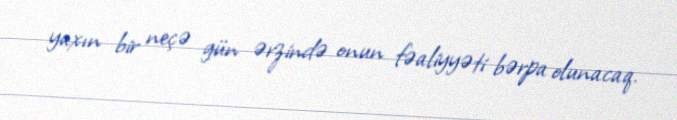
yaxın bir neçə gün ərzində onun fəaliyyəti bərpa olunacaq.